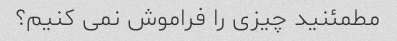
مطمئنید چیزی را فراموش نمی کنیم؟